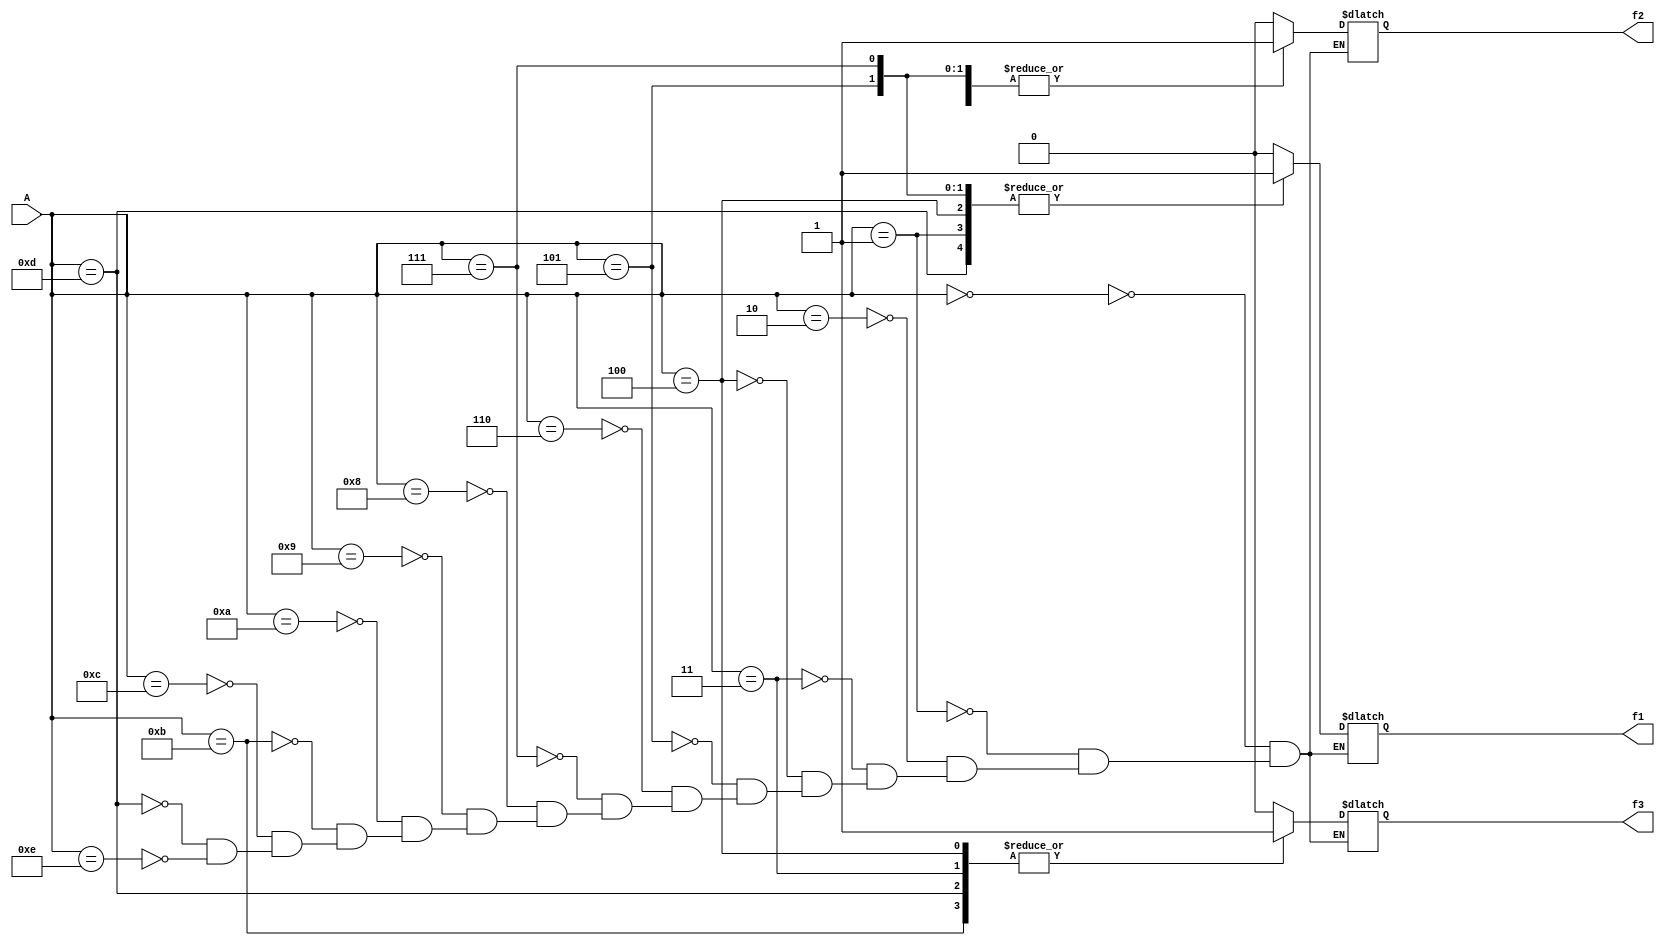
`timescale 1ns / 1ps
//////////////////////////////////////////////////////////////////////////////////
// Company: 
// Engineer: 
// 
// Design Name: 
// Module Name:    ADL3 
// Project Name: 
// Target Devices: 
// Tool versions: 
// Description: 
//
// Dependencies: 
//
// Revision: 
// Revision 0.01 - File Created
// Additional Comments: 
//
//////////////////////////////////////////////////////////////////////////////////
module ADL3(f1,f2,f3,A);

input [3:0]A;
output reg f1,f2,f3;

always@(*)
begin
case(A)

4'b0000:begin 
     f1=1'b0;
     f2=1'b0;
     f3=1'b0;
     end	  
4'b0001:begin 
     f1=1'b1;
     f2=1'b0;
     f3=1'b0;
     end	
4'b0010:begin 
     f1=1'b0;
     f2=1'b0;
     f3=1'b0;
     end	
4'b0011:begin 
     f1=1'bz;
     f2=1'b1;
     f3=1'b1;
     end	
4'b0100:begin 
     f1=1'b1;
     f2=1'b0;
     f3=1'b1;
     end	
4'b0101:begin 
     f1=1'b1; 
     f2=1'b1;
     f3=1'bz;
     end	
4'b0110:begin 
     f1=1'bz;
     f2=1'bz;
     f3=1'b0;
     end	
4'b0111:begin 
     f1=1'b1;
     f2=1'b1;
     f3=1'b0;
     end	
4'b1000:begin 
     f1=1'b0;
     f2=1'b0;
     f3=1'b0;
     end	
4'b1001:begin 
     f1=1'b0;
     f2=1'b0;
     f3=1'bz;
     end
4'b1010:begin 
     f1=1'b0;
     f2=1'b0;
     f3=1'b0;
     end	
4'b1011:begin 
     f1=1'b0;
     f2=1'b0;
     f3=1'b1;
     end	
4'b1100:begin 
     f1=1'b0;
     f2=1'b0;
     f3=1'b0;
     end	
4'b1101:begin 
     f1=1'b1;
     f2=1'b0;
     f3=1'b1;
     end	
4'b1110:begin 
     f1=1'b0;
     f2=1'b0;
     f3=1'bz;
     end	
4'b111:begin 
     f1=1'b0;
     f2=1'b0;
     f3=1'b1;
     end	
endcase
end
endmodule